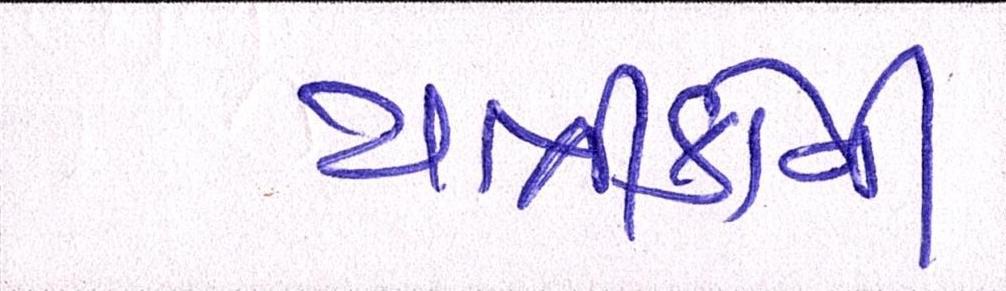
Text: યાત્રીકોની